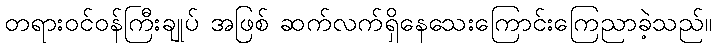
တရားဝင်ဝန်ကြီးချုပ် အဖြစ် ဆက်လက်ရှိနေသေးကြောင်းကြေညာခဲ့သည်။